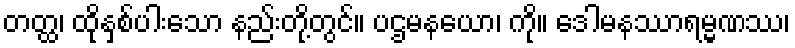
တတ္ထ၊ ထိုနှစ်ပါးသော နည်းတို့တွင်။ ပဌမနယော၊ ကို။ ဒေါမနဿာရမ္မဏဿ၊